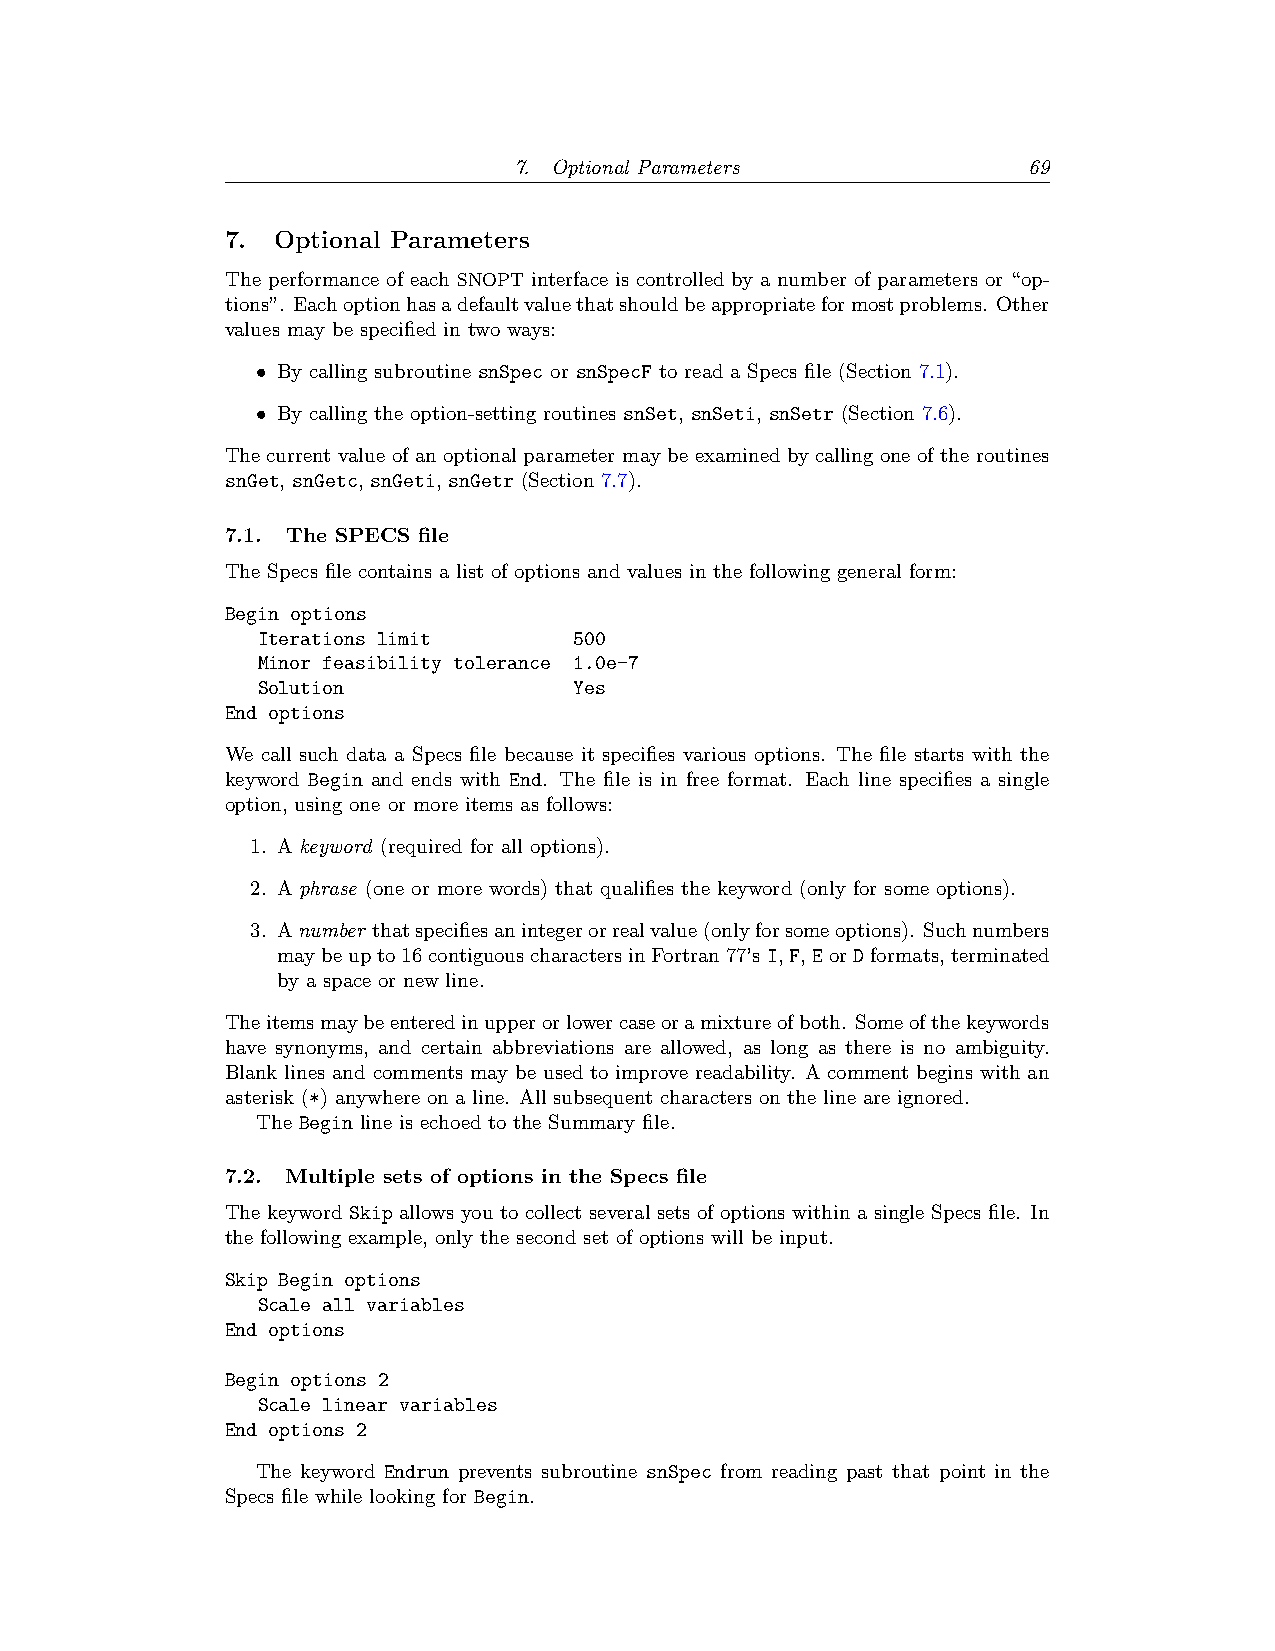
7. Optional Parameters            69
 7. Optional Parameters
 The performance of each SNOPT interface is controlled by a number of parameters or “op-
 tions”. Eachoptionhasadefaultvaluethatshouldbeappropriateformostproblems. Other
 values may be specified in two ways:
 • By calling subroutine snSpec or snSpecF to read a Specs file (Section 7.1).
 • By calling the option-setting routines snSet, snSeti, snSetr (Section 7.6).
 The current value of an optional parameter may be examined by calling one of the routines
 snGet, snGetc, snGeti, snGetr (Section 7.7).
 7.1. The SPECS file
 The Specs file contains a list of options and values in the following general form:
 Begin options
 Iterations limit     500
 Minor feasibility tolerance 1.0e-7
 Solution             Yes
 End options
 We call such data a Specs file because it specifies various options. The file starts with the
 keyword Begin and ends with End. The file is in free format. Each line specifies a single
 option, using one or more items as follows:
 1. A keyword (required for all options).
 2. A phrase (one or more words) that qualifies the keyword (only for some options).
 3. Anumber thatspecifiesanintegerorrealvalue(onlyforsomeoptions). Suchnumbers
 maybeupto16contiguouscharactersinFortran77’sI,F,EorDformats,terminated
 by a space or new line.
 Theitemsmaybeenteredinupperorlowercaseoramixtureofboth. Someofthekeywords
 have synonyms, and certain abbreviations are allowed, as long as there is no ambiguity.
 Blank lines and comments may be used to improve readability. A comment begins with an
 asterisk (*) anywhere on a line. All subsequent characters on the line are ignored.
 The Begin line is echoed to the Summary file.
 7.2. Multiple sets of options in the Specs file
 The keyword Skip allows you to collect several sets of options within a single Specs file. In
 the following example, only the second set of options will be input.
 Skip Begin options
 Scale all variables
 End options
 Begin options 2
 Scale linear variables
 End options 2
 The keyword Endrun prevents subroutine snSpec from reading past that point in the
 Specs file while looking for Begin.